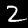
Label: 2